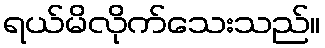
ရယ်မိလိုက်သေးသည်။